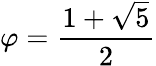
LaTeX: \varphi={\frac{1+{\sqrt{5}}}{2}}